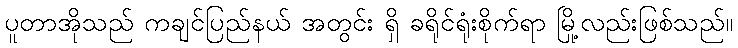
ပူတာအိုသည် ကချင်ပြည်နယ် အတွင်း ရှိ ခရိုင်ရုံးစိုက်ရာ မြို့လည်းဖြစ်သည်။